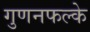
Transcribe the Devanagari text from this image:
गुणनफल्के